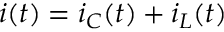
i ( t ) = i _ { C } ( t ) + i _ { L } ( t )